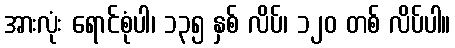
အားလုံး ရောင်စုံပါ၊ ၁၃၅ နှစ် လိပ်၊ ၁၂၀ တစ် လိပ်ပါ။